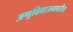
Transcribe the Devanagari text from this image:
अणूविभाजनावरील